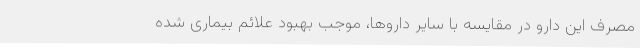
مصرف این دارو در مقایسه با سایر داروها، موجب بهبود علائم بیماری شده